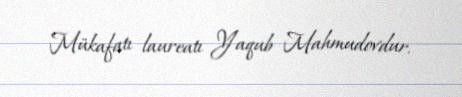
Mükafatı laureatı Yaqub Mahmudovdur.